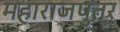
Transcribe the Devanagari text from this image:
महाराजपुत्र